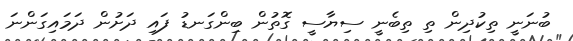
ބުނަނީ ތިކުދިން ތި ތިބެނީ ސިޔާސީ ގޮތުން ބިންގަނޑު ފައި ދަށުން ދަމައިގަންނަ